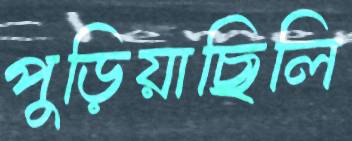
পুড়িয়াছিলি